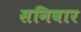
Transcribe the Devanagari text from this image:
सनिवार